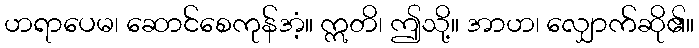
ဟရာပေမ၊ ဆောင်စေကုန်အံ့။ ဣတိ၊ ဤသို့။ အာဟ၊ လျှောက်ဆို၏။